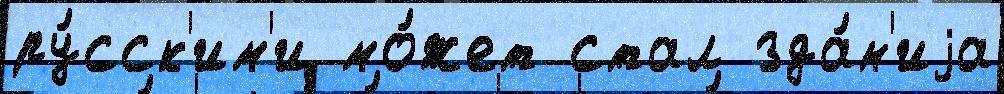
ру́сск'им'и мо́жет стал зда́н'иjа